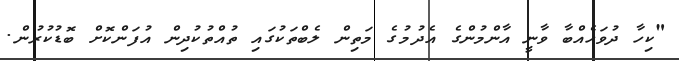
"ކިހާ ދުވަހެއްބާ ވާނީ އާންމުންގެ އެދުމުގެ މަތިން ލެބްތަކުގައި ތުއްތުކުދިން އުފަންކޮށް ބޮޑުކުރުން.